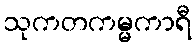
သုကတကမ္မကာရီ